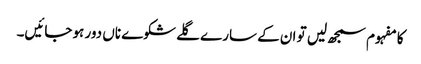
کا مفہوم سمجھ لیں تو ان کے سارے گلے شکوے ناں دور ہو جائیں۔